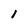
Character: 1